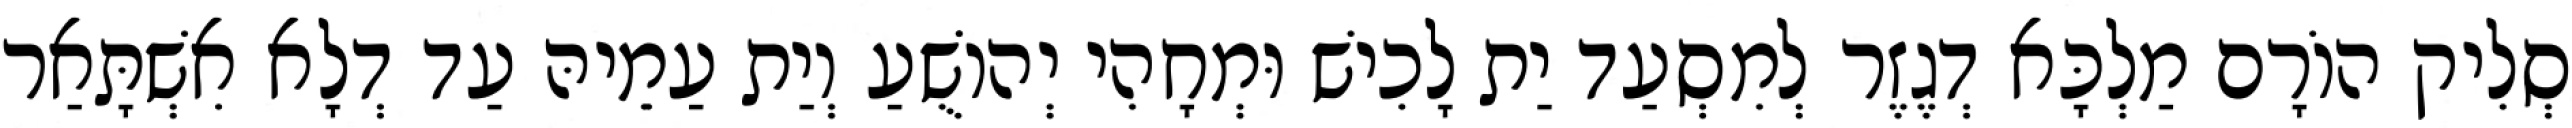
סְלִיק הוֹרָם מַלְכָּא דְגֶזֶר לְמִסְעַד יַת לָכִישׁ וּמְחָהִי יְהוֹשֻׁעַ וְיַת עַמֵיהּ עַד דְלָא אִשְׁתָּאַר